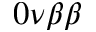
0 \nu \beta \beta